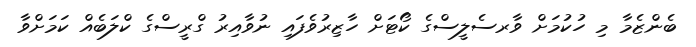
ބެންޒެމާ މި ހުކުމަށް ވާރސެލީސްގެ ކޯޓަށް ހާޒިރުވެފައި ނުވާއިރު ގްރީސްގެ ކްލަބެއް ކަމަށްވާ